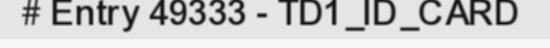
# Entry 49333 - TD1_ID_CARD